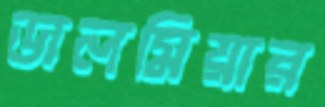
ডালমিয়ার